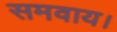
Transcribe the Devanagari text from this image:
समवाय।